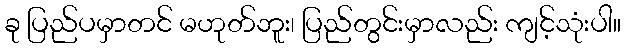
ခု ပြည်ပမှာတင် မဟုတ်ဘူး၊ ပြည်တွင်းမှာလည်း ကျင့်သုံးပါ။